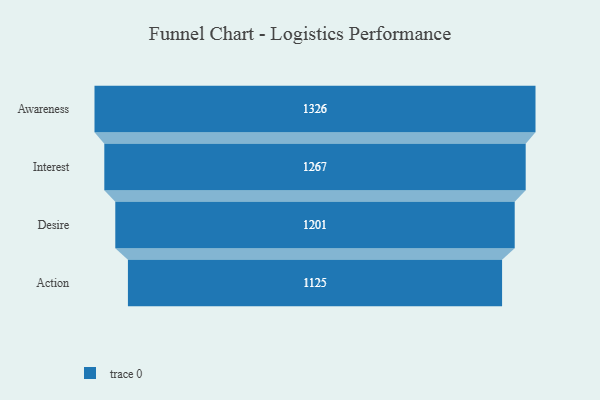
{"axis": {"x": "Stage", "y": "Value"}, "legend": [""], "data": [{"x": "Awareness", "y": 1326.0, "type": ""}, {"x": "Interest", "y": 1267.0, "type": ""}, {"x": "Desire", "y": 1201.0, "type": ""}, {"x": "Action", "y": 1125.0, "type": ""}]}